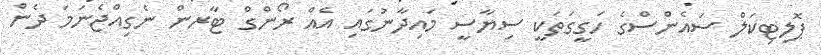
ޕޮލިޓިކަލް ސައެންސްގެ ހަގީގަތަކީ ސިޔާސީ މައިދާނުގައި އެއް ރޯންގް ޓާރން ނެގިއްޖެނަމަ ދެން